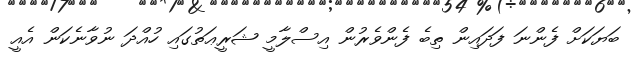
ބަޔަކަށް ފެންނަ ފަދައިން ތިބެ ފެންވެރުން އިސްލާމީ ޝަރީޢަތުގައި ހުއްދަ ނުވާނެކަން އެއީ